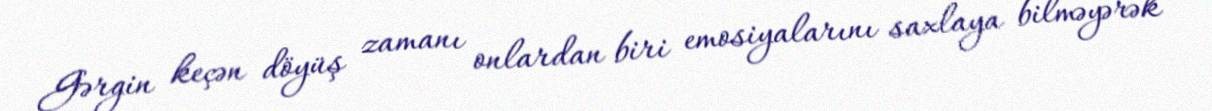
Gərgin keçən döyüş zamanı onlardan biri emosiyalarını saxlaya bilməyərək